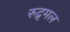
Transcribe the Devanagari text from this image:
रुद्र्मल